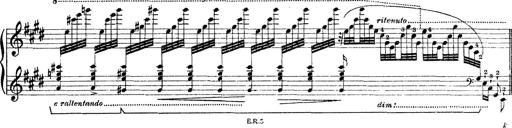
Title: Rapsodie: 19 ungheresi, 1 spagnuola
Composer: Franz Liszt